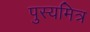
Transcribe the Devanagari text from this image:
पुस्यमित्र